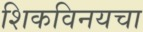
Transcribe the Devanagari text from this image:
शिकविनयचा